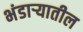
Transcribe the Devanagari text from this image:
भंडार्‍यातील